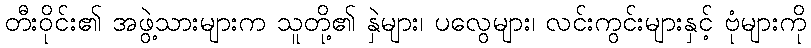
တီးဝိုင်း၏ အဖွဲ့သားများက သူတို့၏ နှဲများ၊ ပလွေများ၊ လင်းကွင်းများနှင့် ဗုံများကို